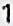
1